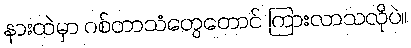
နားထဲမှာ ဂစ်တာသံတွေတောင် ကြားလာသလိုပဲ။